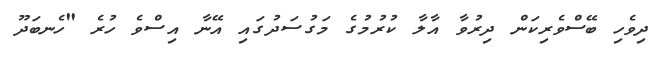
ދިވެހި ބޭސްވެރިކަން ދިރުވާ އާލާ ކުރުމުގެ މަގުސަދުގައި އޭނާ އިސްވެ ހުރެ "ހެނބަދޫ